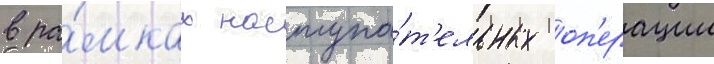
в ра́мках наступа́т'ельных оп'ерации